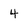
Character: 4